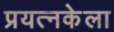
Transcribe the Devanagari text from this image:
प्रयत्नकेला